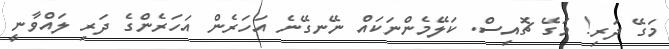
މަގޭ ދަރި! މަގޭ ޗޮއިސް. ކަލޭމެންނަކައް ނޭނގޭނެ އަހަރެން އަހަރެންގެ ދަރި ލައްވާނީ